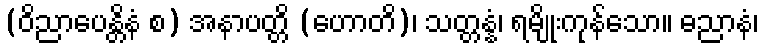
(ဝိညာပေန္တိနံ စ) အနာပတ္တိ (ဟောတိ)၊ သတ္တန္နံ၊ ရမျိုးကုန်သော။ ဓညာနံ၊